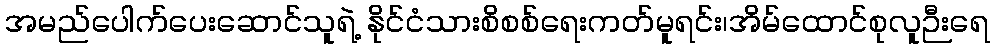
အမည်ပေါက်ပေးဆောင်သူရဲ့ နိုင်ငံသားစိစစ်ရေးကတ်မူရင်း၊အိမ်ထောင်စုလူဉီးရေ